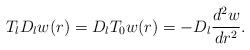
LaTeX: \begin{align*} T_{l} D_{l} w(r) = D_{l} T_{0} w(r) = -D_{l} \frac{d^{2}w}{dr^{2}} .\end{align*}